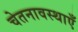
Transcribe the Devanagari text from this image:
चेतनावस्थाएँ